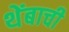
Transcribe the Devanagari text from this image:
थेंबाची